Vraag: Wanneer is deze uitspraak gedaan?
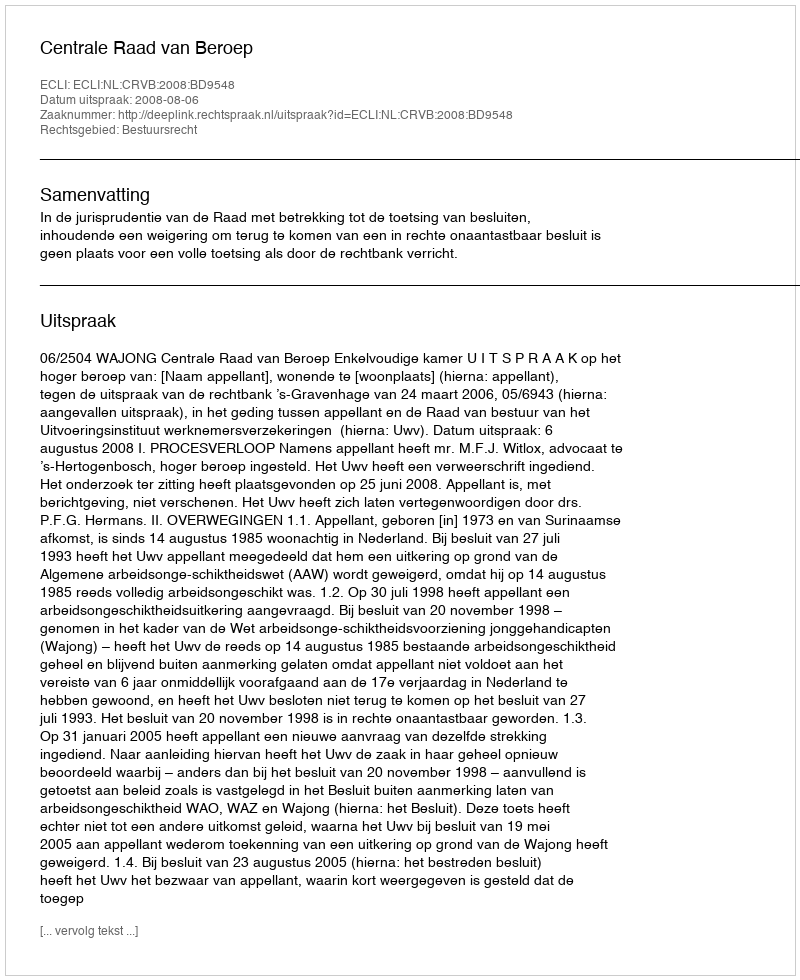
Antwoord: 2008-08-06